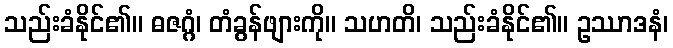
သည်းခံနိုင်၏။ ဓဇဂ္ဂံ၊ တံခွန်ဖျားကို။ သဟတိ၊ သည်းခံနိုင်၏။ ဥဿာဒနံ၊